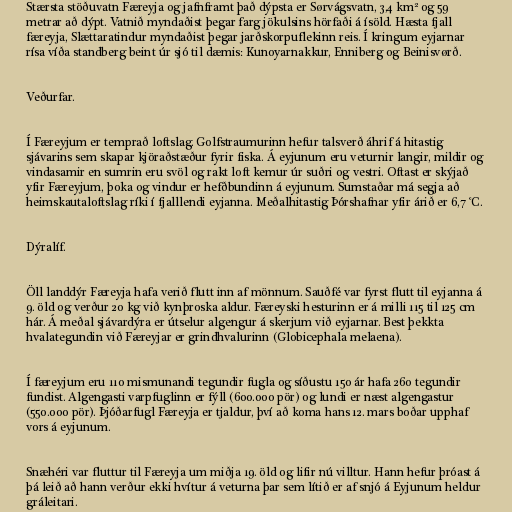
Stærsta stöðuvatn Færeyja og jafnframt það dýpsta er Sørvágsvatn, 3,4 km² og 59
metrar að dýpt. Vatnið myndaðist þegar farg jökulsins hörfaði á ísöld. Hæsta fjall
færeyja, Slættaratindur myndaðist þegar jarðskorpuflekinn reis. Í kringum eyjarnar
rísa víða standberg beint úr sjó til dæmis: Kunoyarnakkur, Enniberg og Beinisvørð.

Veðurfar.

Í Færeyjum er temprað loftslag. Golfstraumurinn hefur talsverð áhrif á hitastig
sjávarins sem skapar kjöraðstæður fyrir fiska. Á eyjunum eru veturnir langir, mildir og
vindasamir en sumrin eru svöl og rakt loft kemur úr suðri og vestri. Oftast er skýjað
yfir Færeyjum, þoka og vindur er hefðbundinn á eyjunum. Sumstaðar má segja að
heimskautaloftslag ríki í fjalllendi eyjanna. Meðalhitastig Þórshafnar yfir árið er 6,7 °C.

Dýralíf.

Öll landdýr Færeyja hafa verið flutt inn af mönnum. Sauðfé var fyrst flutt til eyjanna á
9. öld og verður 20 kg við kynþroska aldur. Færeyski hesturinn er á milli 115 til 125 cm
hár. Á meðal sjávardýra er útselur algengur á skerjum við eyjarnar. Best þekkta
hvalategundin við Færeyjar er grindhvalurinn (Globicephala melaena).

Í færeyjum eru 110 mismunandi tegundir fugla og síðustu 150 ár hafa 260 tegundir
fundist. Algengasti varpfuglinn er fýll (600.000 pör) og lundi er næst algengastur
(550.000 pör). Þjóðarfugl Færeyja er tjaldur, því að koma hans 12. mars boðar upphaf
vors á eyjunum.

Snæhéri var fluttur til Færeyja um miðja 19. öld og lifir nú villtur. Hann hefur þróast á
þá leið að hann verður ekki hvítur á veturna þar sem lítið er af snjó á Eyjunum heldur
gráleitari.